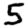
Digit: 5